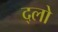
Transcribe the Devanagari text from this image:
द्लो